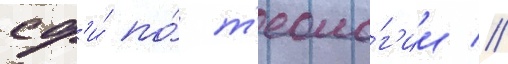
сф'и́ по́ т'еоло́г'ии //